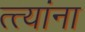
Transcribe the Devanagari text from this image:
त्त्यांना